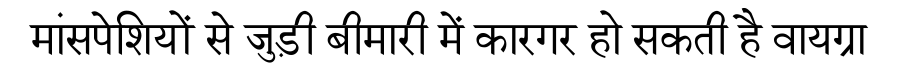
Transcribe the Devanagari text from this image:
मांसपेशियों से जुड़ी बीमारी में कारगर हो सकती है वायग्रा